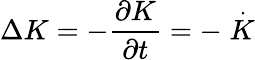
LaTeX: \Delta K=-\frac{\partial K}{\partial t}=-\stackrel{.}{K}